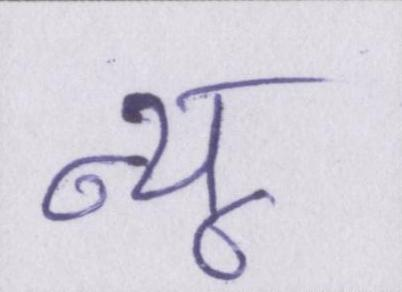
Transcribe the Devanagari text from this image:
न्यू